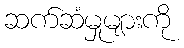
ဆက်ဆံမှုများကို